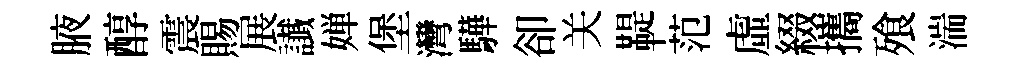
腋醇震賜展䜟婵堡灣驊卻关鞮范虛綴攜飱湍